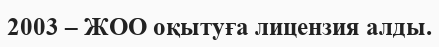
2003 – ЖОО оқытуға лицензия алды.